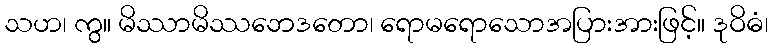
သဟ၊ ကွ။ မိဿာမိဿဘေဒတော၊ ရောမရောသောအပြားအားဖြင့်။ ဒုဝိဓံ၊